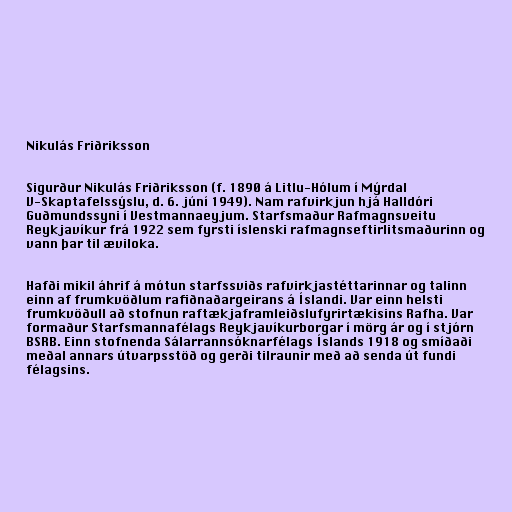
Nikulás Friðriksson

Sigurður Nikulás Friðriksson (f. 1890 á Litlu-Hólum í Mýrdal
V-Skaptafelssýslu, d. 6. júní 1949). Nam rafvirkjun hjá Halldóri
Guðmundssyni í Vestmannaeyjum. Starfsmaður Rafmagnsveitu
Reykjavíkur frá 1922 sem fyrsti íslenski rafmagnseftirlitsmaðurinn og
vann þar til æviloka.

Hafði mikil áhrif á mótun starfssviðs rafvirkjastéttarinnar og talinn
einn af frumkvöðlum rafiðnaðargeirans á Íslandi. Var einn helsti
frumkvöðull að stofnun raftækjaframleiðslufyrirtækisins Rafha. Var
formaður Starfsmannafélags Reykjavíkurborgar í mörg ár og í stjórn
BSRB. Einn stofnenda Sálarrannsóknarfélags Íslands 1918 og smíðaði
meðal annars útvarpsstöð og gerði tilraunir með að senda út fundi
félagsins.